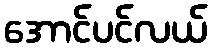
အောင်ပင်လယ်